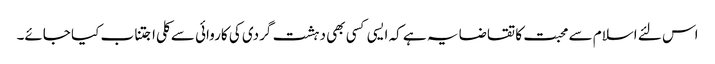
اس لئے اسلام سے محبت کا تقاضا یہ ہے کہ ایسی کسی بھی دہشت گردی کی کاروائی سے کلی اجتناب کیا جائے۔